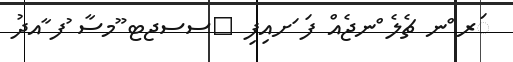
ަރ ްނ ޗެލެ ްނޖެއް ފަ ަށއިފި 	ސސޖޓ ޫމސާ ުފ ާއދު